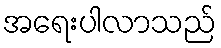
အရေးပါလာသည်